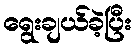
ရွေးချယ်ခဲ့ပြီး